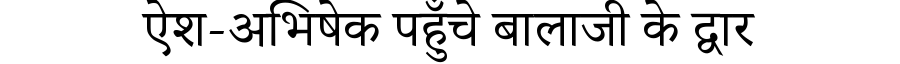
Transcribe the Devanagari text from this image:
ऐश-अभिषेक पहुँचे बालाजी के द्वार